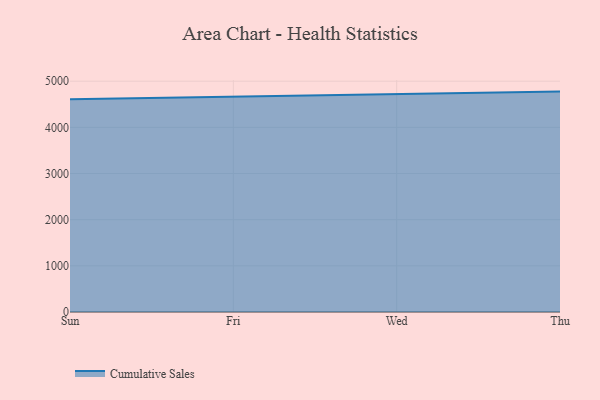
{"axis": {"x": "Day", "y": "Latency (ms)"}, "legend": ["Cumulative Sales"], "data": [{"x": "Sun", "y": 4608.4, "type": "Cumulative Sales"}, {"x": "Fri", "y": 4658.7, "type": "Cumulative Sales"}, {"x": "Wed", "y": 4723.1, "type": "Cumulative Sales"}, {"x": "Thu", "y": 4774.4, "type": "Cumulative Sales"}]}